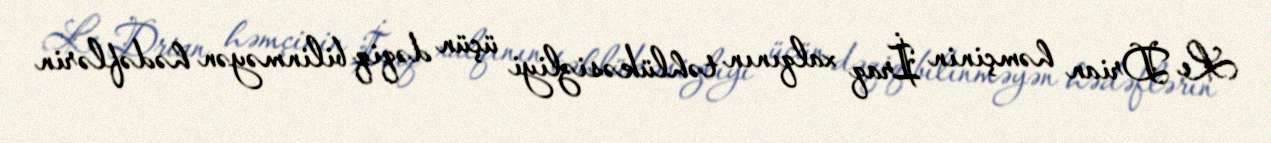
Le Drian həmçinin İraq xalqının təhlükəsizliyi üçün dəqiq bilinməyən hədəflərin